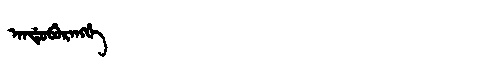
Manchu: ᠠᠨᡩᡠᠪᡠᡵᠠᠩᡤᡝ
Romanization: ANDUBURANGGE